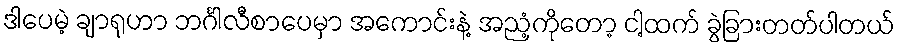
ဒါပေမဲ့ ချာရုဟာ ဘင်္ဂါလီစာပေမှာ အကောင်းနဲ့ အညံ့ကိုတော့ ငါ့ထက် ခွဲခြားတတ်ပါတယ်